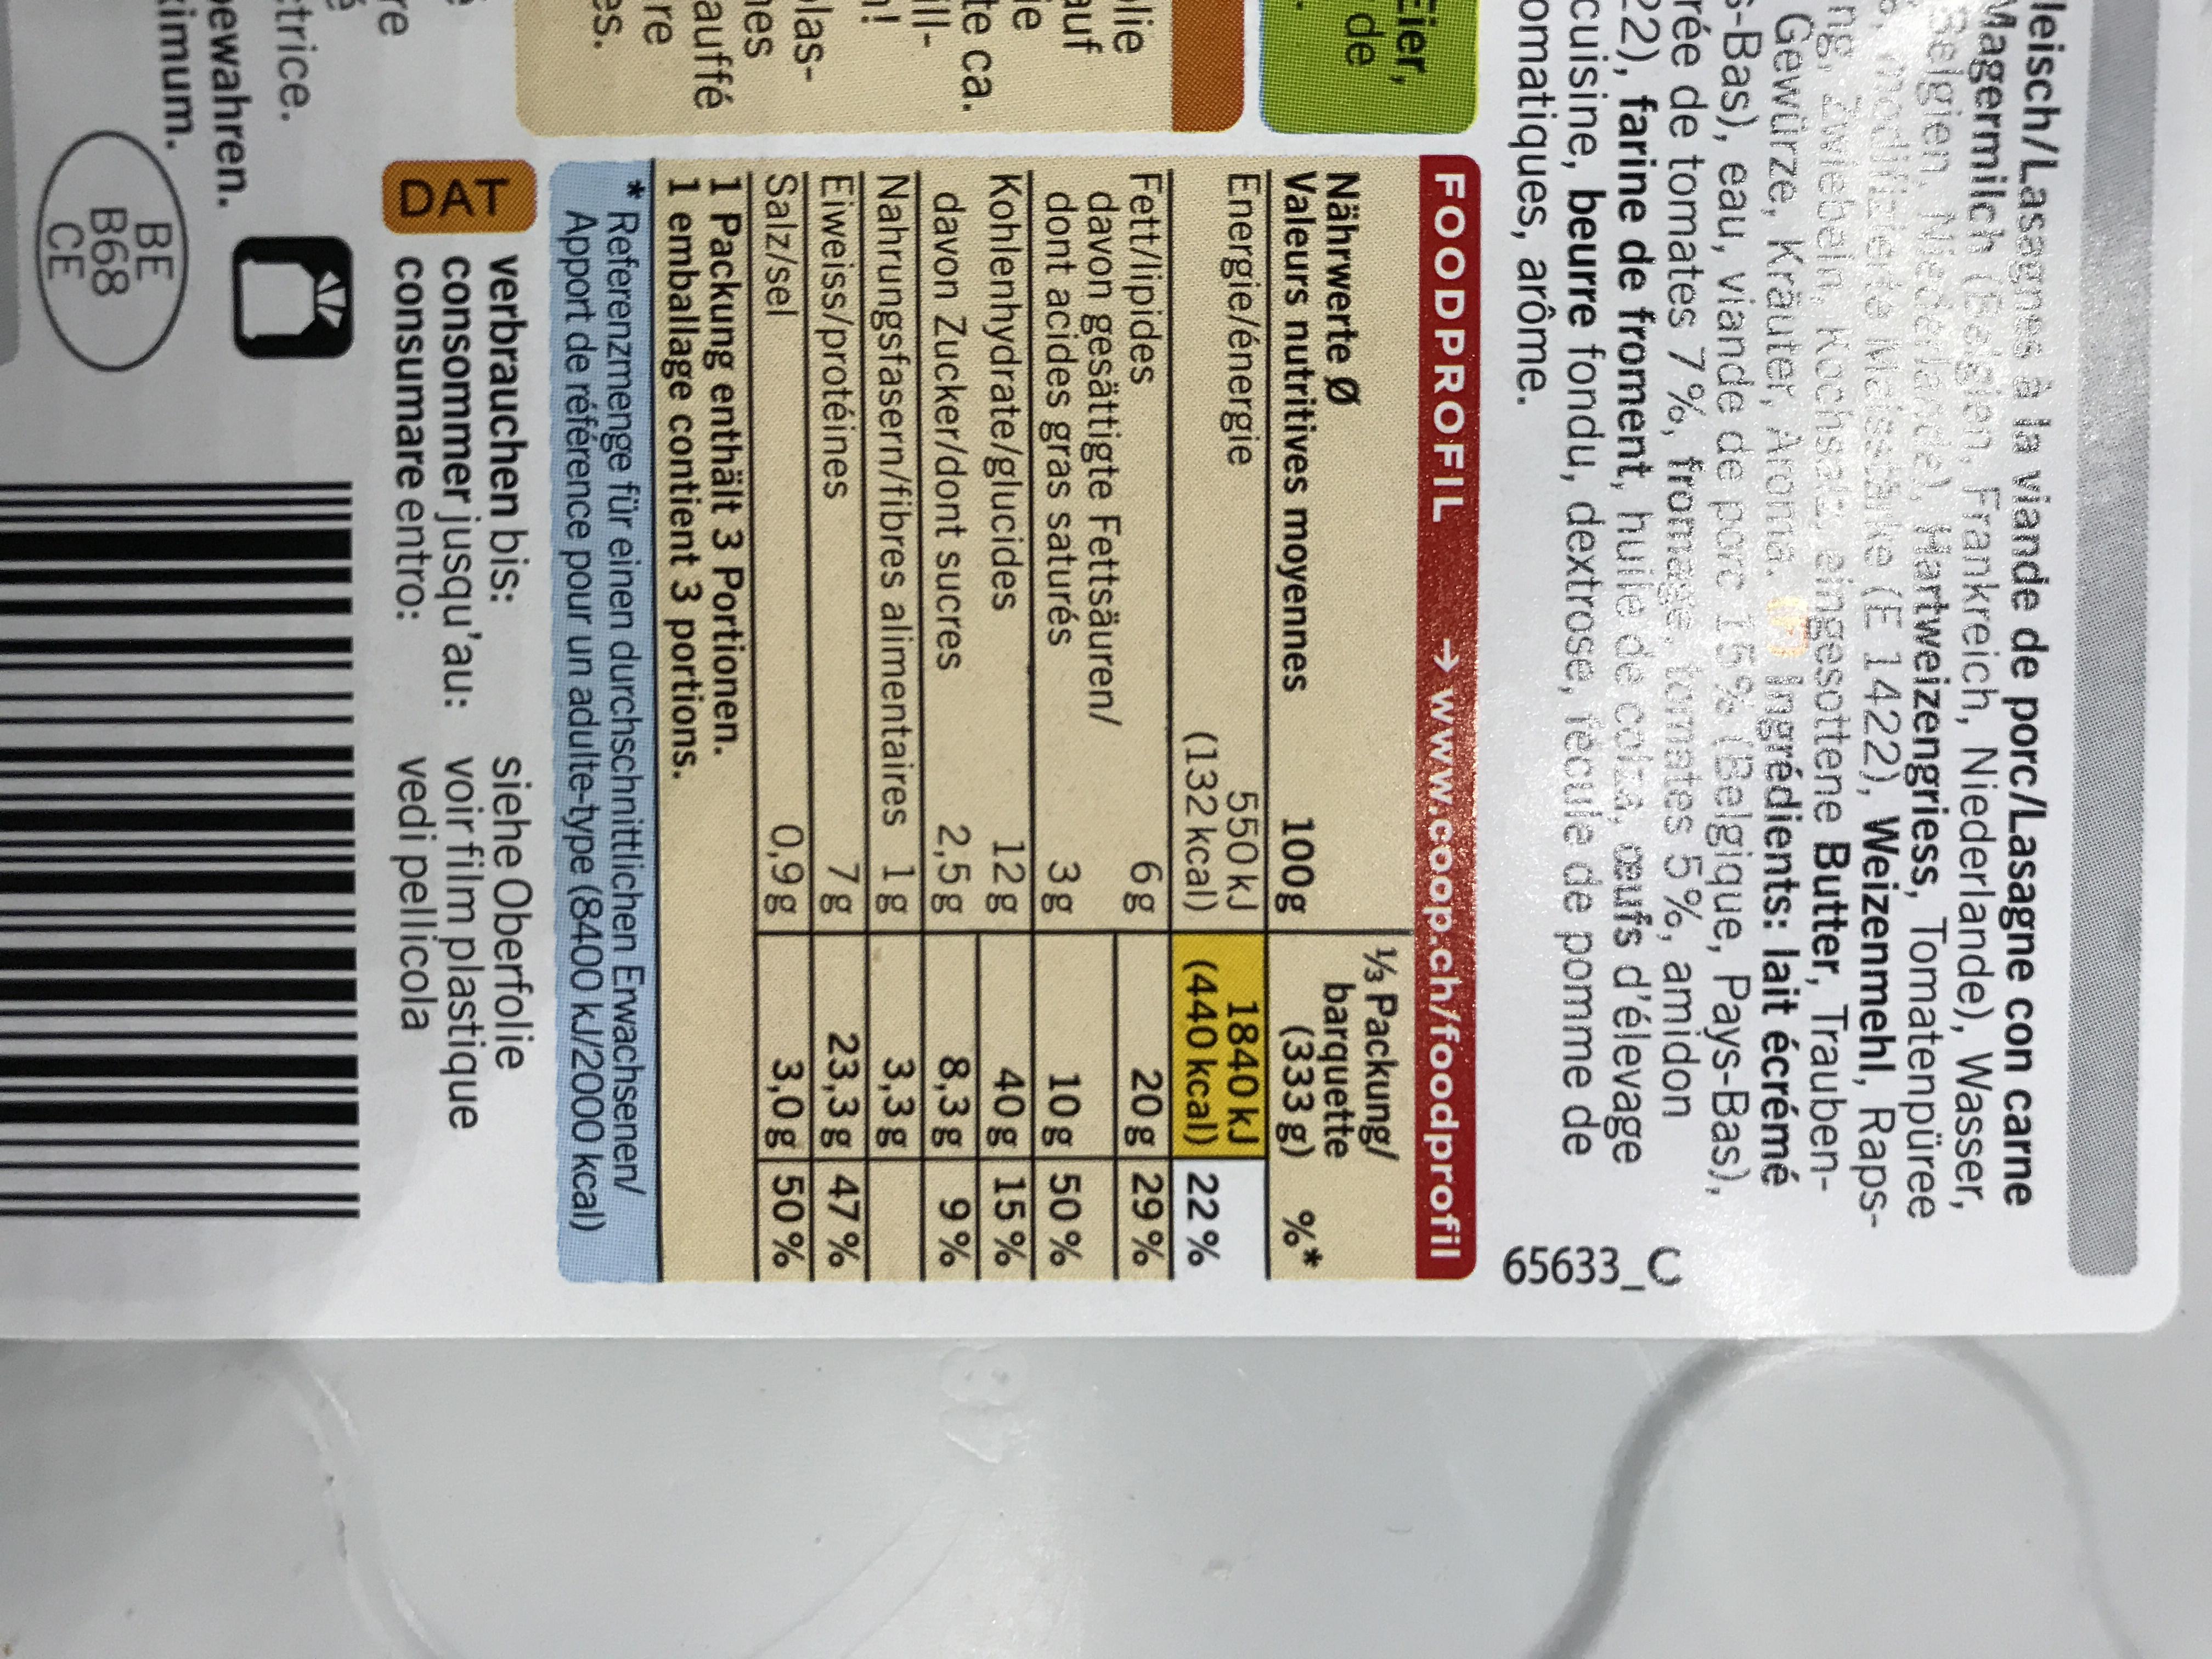
leisch/Lasagnes à la viande de porc/Lasagne con carne Magermilch (Belgien, Frankreich, Niederlande), Wasser, Selgien, Niederlande), Hartweizengriess, Tomatenpüree 5, modifizierte Malestärke (E 1422), Weizenmehl, Rapsng, Zwiebeln, Kochsalz, eingesottene Butter, TraubenGewürze, Kräuter, Aroma. Ingrédients: lait écrémé s-Bas), eau, viande de porc 15% (Belgique, Pays-Bas), rée de tomates 7%, fromage, tomates 5%, amidon 22), farine de froment, huile de colza, oeufs d'élevage cuisine, beurre fondu, dextrose, recule de pomme de omatiques, arôme.
FOODPROFIL
Eier,
de
lie
auf
ie
te ca.
illn!
lashes
auffé
re
es.
B
re 5 trice.
Nährwerte Ø
Valeurs nutritives moyennes Energie/énergie
Fett/lipides
davon gesättigte Fettsäuren/ dont acides gras saturés Kohlenhydrate/glucides
12g
2,5g
davon Zucker/dont sucres Nahrungsfasern/fibres alimentaires lg
7g
Eiweiss/protéines
0,9g
Salz/sel
1 Packung enthält 3 Portionen.
1 emballage contient 3 portions.
*
DAT
ewahren.
timum.
→www.coop.ch/foodprofil
1/3 Packung/
barquette
100g
550 kJ
(132 kcal)
6g
verbrauchen bis: consommer jusqu'au:
consumare entro:
BE B68 CE
3g
312
Referenzmenge für einen durchschnittlichen Erwachsenen/ Apport de référence pour un adulte-type (8400 kJ/2000 kcal)
65633_C
(333 g) %*
1840 kJ
(440 kcal) 22%
20 g 29%
10 g 50%
40 g
15%
8,3 g
9%
3,3 g
23,3 g 47%
3,0g 50%
siehe Oberfolie voir film plastique vedi pellicola